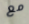
مع